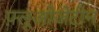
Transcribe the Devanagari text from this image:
फ़्लूओजेटीन